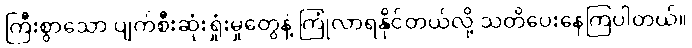
ကြီးစွာသော ပျက်စီးဆုံးရှုံးမှုတွေနဲ့ ကြုံလာရနိုင်တယ်လို့ သတိပေးနေကြပါတယ်။